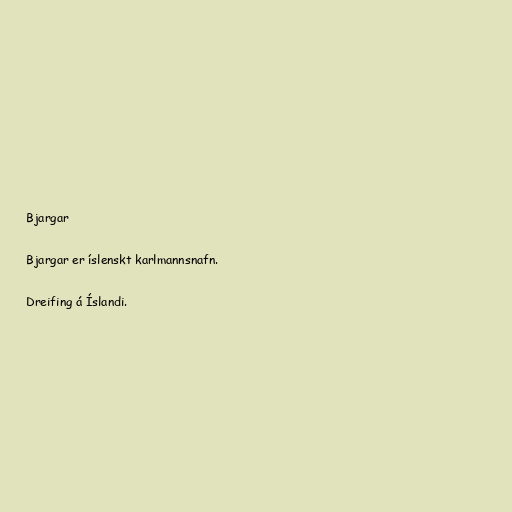
Bjargar

Bjargar er íslenskt karlmannsnafn.

Dreifing á Íslandi.